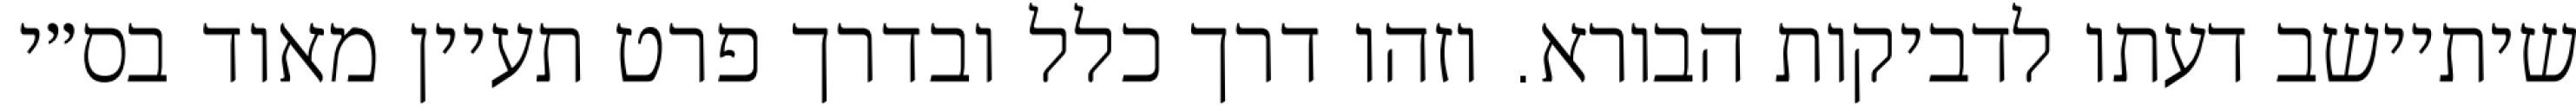
שיתיישב דעתו לדביקות הבורא. וזהו דרך כלל ובדרך פרט תעיין מאוד בס״י